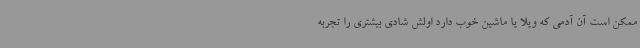
ممکن است آن آدمی که ویلا یا ماشین خوب دارد اولش شادی بیشتری را تجربه